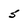
Character: 5